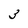
Character: 3